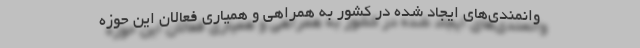
وانمندی‌های ایجاد شده در کشور به همراهی و همیاری فعالان این حوزه